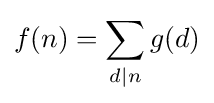
f(n)=\sum _{d\mid n}g(d)